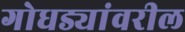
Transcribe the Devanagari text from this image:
गोधड्यांवरील